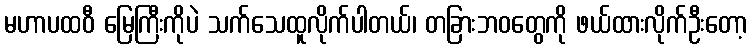
မဟာပထဝီ မြေကြီးကိုပဲ သက်သေထူလိုက်ပါတယ်၊ တခြားဘဝတွေကို ဖယ်ထားလိုက်ဦးတော့